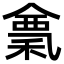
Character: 𥠌